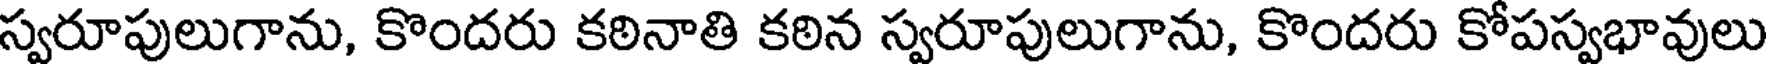
స్వరూపులుగాను, కొందరు కఠినాతి కఠిన స్వరూపులుగాను, కొందరు కోపస్వభావులు